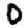
Digit: 0